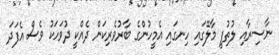
ނާސިރާއި ލުތުފީ މާލޭގައި ހިނގައި އެމީހުންގެ ބާރުވެރިކަން ދެއްކީ ދުވަހަކު ވެސް އެފަދަ